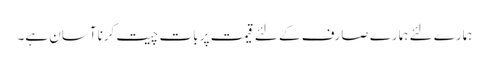
ہمارے لئے ہمارے صارف کے لئے قیمت پر بات چیت کرنا آسان ہے۔